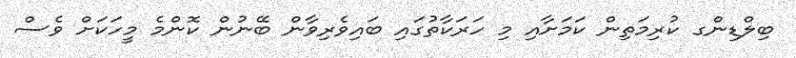
ބިލްޑިންގ ކުރިމަތިން ކަމަށާއި މި ހަރަކާތުގައި ބައިވެރިވާން ބޭނުން ކޮންމެ މީހަކަށް ވެސް